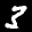
Label: 3